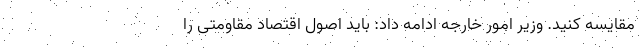
مقایسه کنید. وزیر امور خارجه ادامه داد: باید اصول اقتصاد مقاومتی را